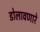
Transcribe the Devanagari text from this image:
डोलावणारे